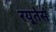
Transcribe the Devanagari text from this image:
रयूतेर्स